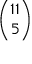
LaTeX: \binom { 1 1 } { 5 }